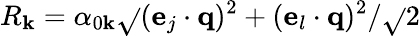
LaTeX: R_{\mathbf{k}}=\alpha_{0\mathbf{k}}\sqrt{}{{(\mathbf{{e}}_{j}\cdot\mathbf{{q}})^{2}+(\mathbf{{e}}_{l}\cdot\mathbf{{q}})^{2}}}/\sqrt{}{{2}}